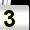
Digit: 3